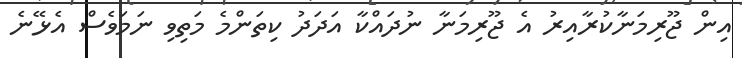
އިން ޖޫރިމަނާކުރާއިރު އެ ޖޫރިމަނާ ނުދައްކާ އަދަދު ކިތަންމެ މަތިވި ނަމަވެސް އެޅޭނެ